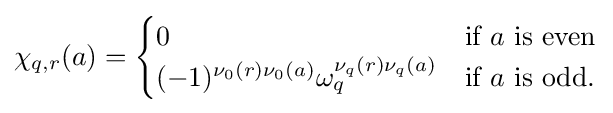
\chi _{q,r}(a)={\begin{cases}0&{\text{if }}a{\text{ is even}}\\(-1)^{\nu _{0}(r)\nu _{0}(a)}\omega _{q}^{\nu _{q}(r)\nu _{q}(a)}&{\text{if }}a{\text{ is odd}}.\end{cases}}